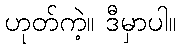
ဟုတ်ကဲ့။ ဒီမှာပါ။